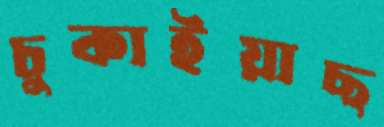
চুকাইয়াছ